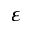
\varepsilon